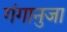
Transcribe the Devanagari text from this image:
गंगानुजा